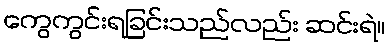
ကွေကွင်းရခြင်းသည်လည်း ဆင်းရဲ။